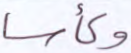
وكأسا